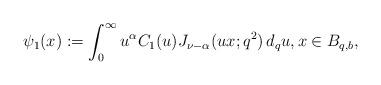
LaTeX: \begin{align*}\psi_1(x):=\int_0^\infty u^\alpha C_1(u) J_{\nu-\alpha}(ux; q^2)\,d_qu,x\in B_{q,b},\end{align*}